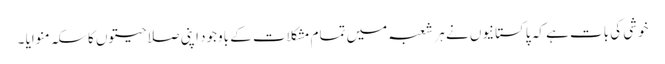
خوشی کی بات ہے کہ پاکستانیوں نے ہر شعبہ میں تمام مشکلات کے باوجود اپنی صلاحیتوں کا سکہ منوایا ۔